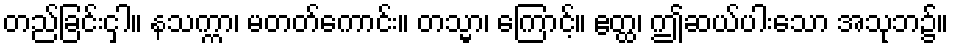
တည်ခြင်းငှါ။ နသက္ကာ၊ မတတ်ကောင်း။ တသ္မာ၊ ကြောင့်။ ဧတ္ထ၊ ဤဆယ်ပါးသော အသုဘ၌။